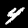
Label: 4